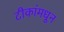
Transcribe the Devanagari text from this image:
टीकांमधून